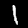
Label: 1